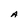
Character: A